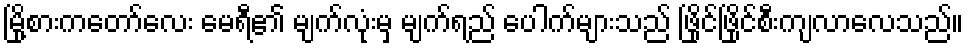
မြို့စားကတော်လေး မေရီ၏ မျက်လုံးမှ မျက်ရည် ပေါက်များသည် ဖြိုင်ဖြိုင်စီးကျလာလေသည်။